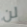
لن